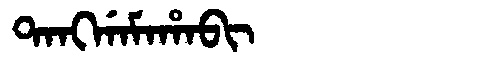
Manchu: ᡨᠠᠩᡤᠠᠮᠠᡥᠠᠪᡳ
Romanization: TANGGAMAHABI